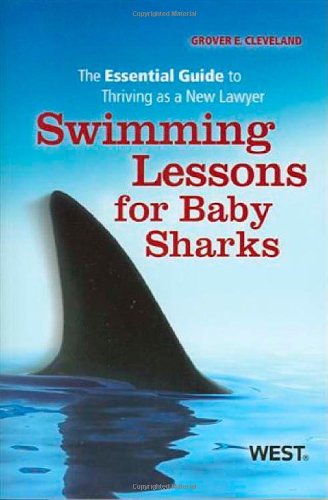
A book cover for Swimming Lessons for Baby Sharks: The Essential Guide to Thriving as a New Lawyer; Grover Cleveland; Law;